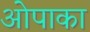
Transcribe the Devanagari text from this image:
ओपाका